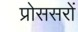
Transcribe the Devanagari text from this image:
प्रोससरों